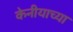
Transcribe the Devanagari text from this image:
केनीयाच्या